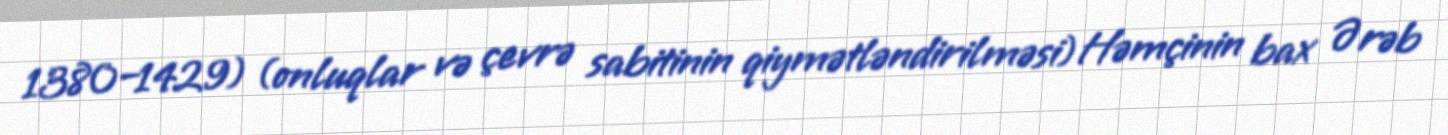
1380–1429) (onluqlar və çevrə sabitinin qiymətləndirilməsi) Həmçinin bax Ərəb